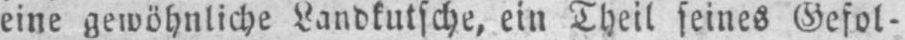
eine gewöhnliche Landkutsche, ein Theil seines Gefol-